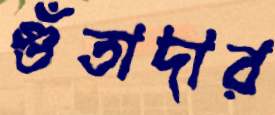
গুঁতাদার